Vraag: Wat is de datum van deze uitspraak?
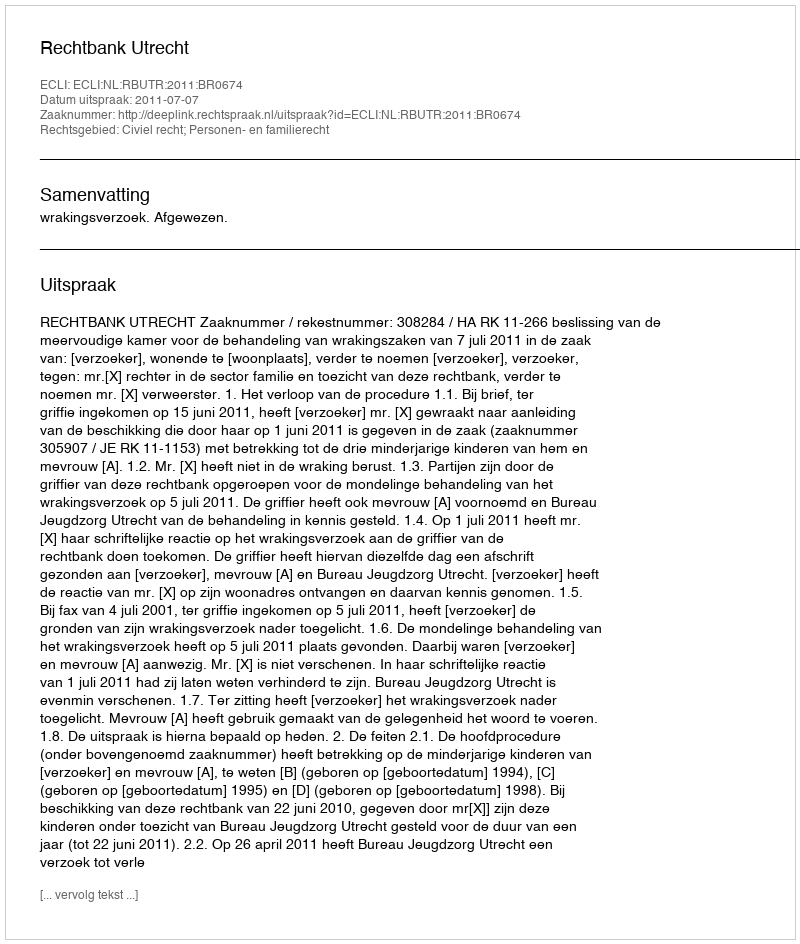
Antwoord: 2011-07-07